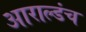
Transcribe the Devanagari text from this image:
आराल्डंच